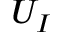
U _ { I }